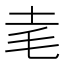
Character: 𰉝